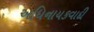
અધિનાયકવાદી